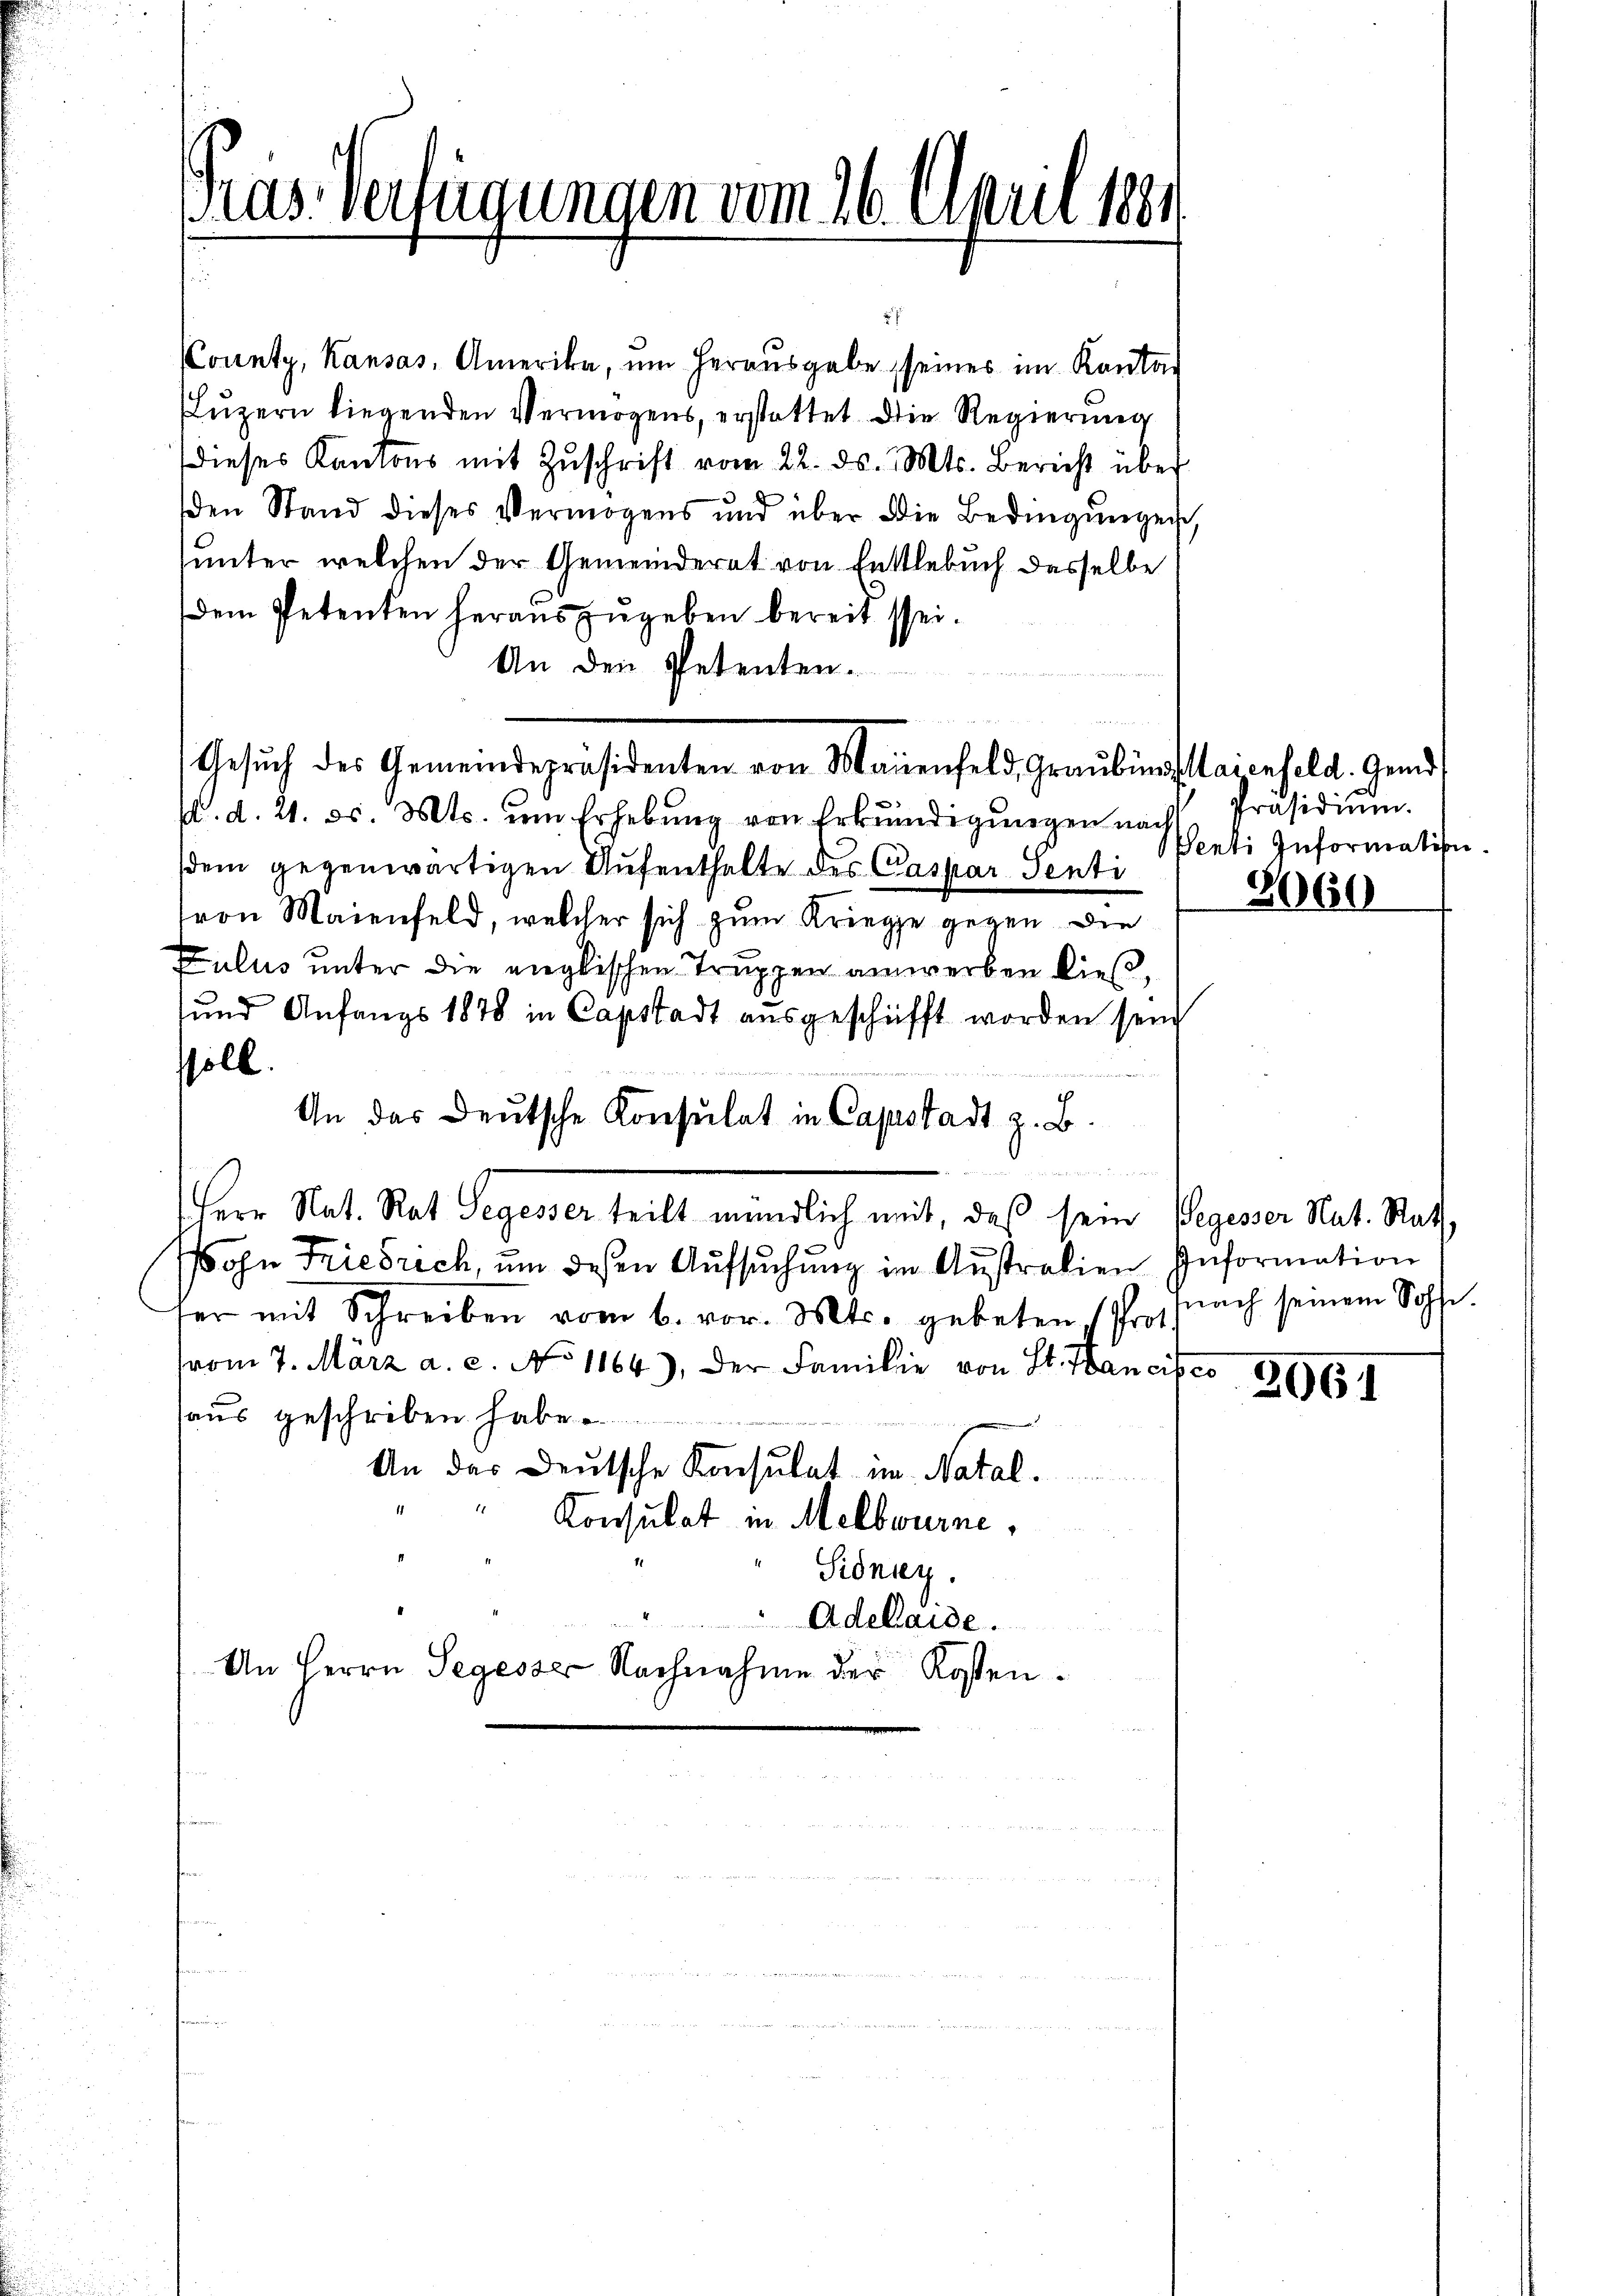
County, Kausas, Amerika, um herausgabe seines im Kanton
Luzern liegenden Vermögens, erstattet die Regierung
Dieses Kantons mit Zŭschrift vom 22. ds. Mts. Bericht über
den Stand dieses Vermögens und über die Bedingŭngen,
unter welchen der Gemeinderat von Enttlebuch desselbe
dem Petenten herauszugeben bereit sei.
An den Petenten.
Gesŭch des Gemeindepräsidenten von Maienfeld, Graubün staienfeld. Gend
fd. d. 21. ds. Mts. um Erhebung von Erkundigungen nach
sdem gegenwärtigen Aufenthalte des Caspar Senti
von Maienfeld, welcher sich zum Kriege gegen die
Fulus unter die englischen Truppen anwerben dieß,
und Anfangs 1878 in Capstadt ausgeschifft worden sein
soll.
An das Deutsche Konsulat in Capstadt z. B.

Herr Nat. Rat Segesser teilt mündlich mit, daß sein Vegesser Nat. Statsohn Friedrich, um dessen Aŭfsŭchŭng im Australien Information
ter mit Schreiben vom 6. vor. Mts. gebeten (Prosprach seinem Sohf.
(vom 7. März a. c. No 1064), der Familie von St. Hancisco
haus geschriben habe
An das Deutsche Konsulat im Natal.
Konsulat in Melbwurne,
Sidney.
Adelaide.
An Herrn Segesser Nachnahme der Kosten.

Pras. Verfügungen vom 26. April 1891

Präsidium.
Senti Information.

2060

2061